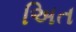
અિત